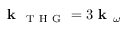
\textbf { k } _ { \mathrm { ~ T ~ H ~ G ~ } } = 3 \textbf { k } _ { \omega }